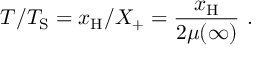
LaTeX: T / T _ { \mathrm { S } } = x _ { \mathrm { H } } / X _ { + } = \frac { x _ { \mathrm { H } } } { 2 \mu ( \infty ) } \ .